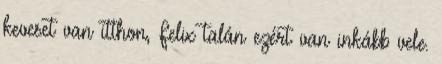
keveset van itthon, Felix talán ezért van inkább vele.